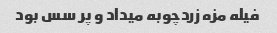
فیله مزه زردچوبه میداد و پر سس بود